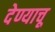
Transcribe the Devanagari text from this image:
देण्याचू